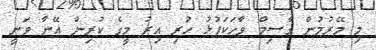
މި މޭރުމުން ގާސިމް ވާހަކަފުޅު ހުރި އިރު މީގެ ކުރިން އޭނާ ވަނީ